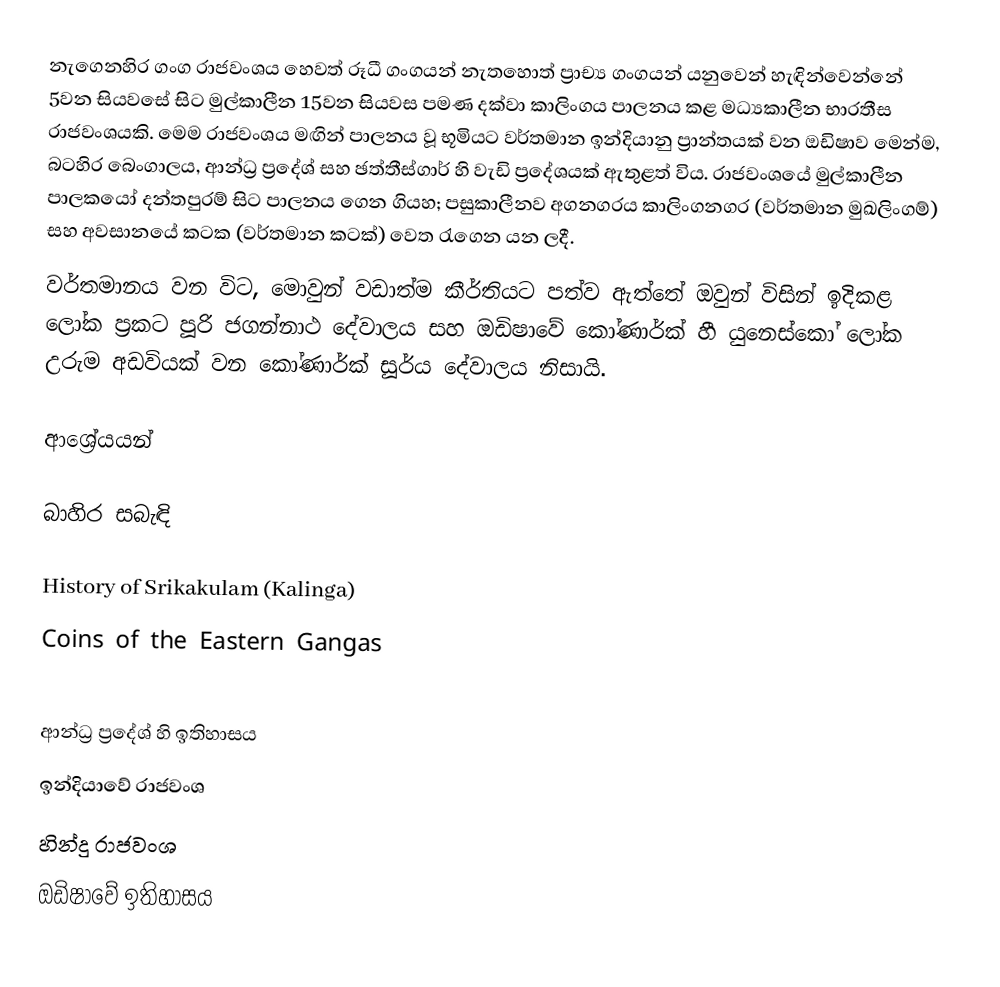
නැගෙනහිර ගංග රාජවංශය හෙවත් රූධී ගංගයන් නැතහොත් ප්‍රාච්‍ය ගංගයන් යනුවෙන් හැඳින්වෙන්නේ 5වන සියවසේ සිට මුල්කාලීන 15වන සියවස පමණ දක්වා කාලිංගය පාලනය කළ මධ්‍යකාලීන භාරතීස රාජවංශයකි. මෙම රාජවංශය මඟින් පාලනය වූ භූමියට වර්තමාන ඉන්දියානු ප්‍රාන්තයක් වන ඔඩිෂාව මෙන්ම, බටහිර බෙංගාලය, ආන්ධ්‍ර ප්‍රදේශ් සහ ඡත්තීස්ගාර් හි වැඩි ප්‍රදේශයක් ඇතුළත් විය. රාජවංශයේ මුල්කාලීන පාලකයෝ දන්තපුරම් සිට පාලනය ගෙන ගියහ; පසුකාලීනව අගනගරය කාලිංගනගර (වර්තමාන මුඛලිංගම්) සහ අවසානයේ කටක (වර්තමාන කටක්) වෙත රැගෙන යන ලදී.
වර්තමානය වන විට, මොවුන් වඩාත්ම කීර්තියට පත්ව ඇත්තේ ඔවුන් විසින් ඉදිකළ ලෝක ප්‍රකට පූරි ජගන්නාථ දේවාලය සහ ඔඩිෂාවේ කෝණාර්ක් හී යුනෙස්කෝ ලෝක උරුම අඩවියක් වන කෝණාර්ක් සූර්ය දේවාලය නිසායි.

ආශ්‍රේයයන්

බාහිර සබැඳි

 History of Srikakulam (Kalinga)
 Coins of the Eastern Gangas

ආන්ධ්‍ර ප්‍රදේශ් හි ඉතිහාසය
ඉන්දියාවේ රාජවංශ
හින්දු රාජවංශ
ඔඩිෂාවේ ඉතිහාසය